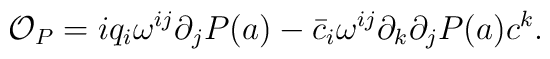
{\cal O}_P = iq_i \omega^{ij}\partial_j P(a) - \bar c_i \omega^{ij}\partial_k\partial_j P(a)c^k.